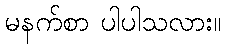
မနက်စာ ပါပါသလား။